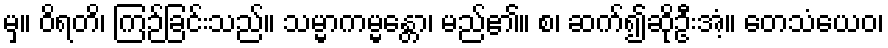
မှ။ ဝိရတိ၊ ကြဉ်ခြင်းသည်။ သမ္မာကမ္မန္တော၊ မည်၏။ စ၊ ဆက်၍ဆိုဦးအံ့။ တေသံယေဝ၊